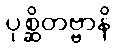
ပုစ္ဆိတဗ္ဗာနိ